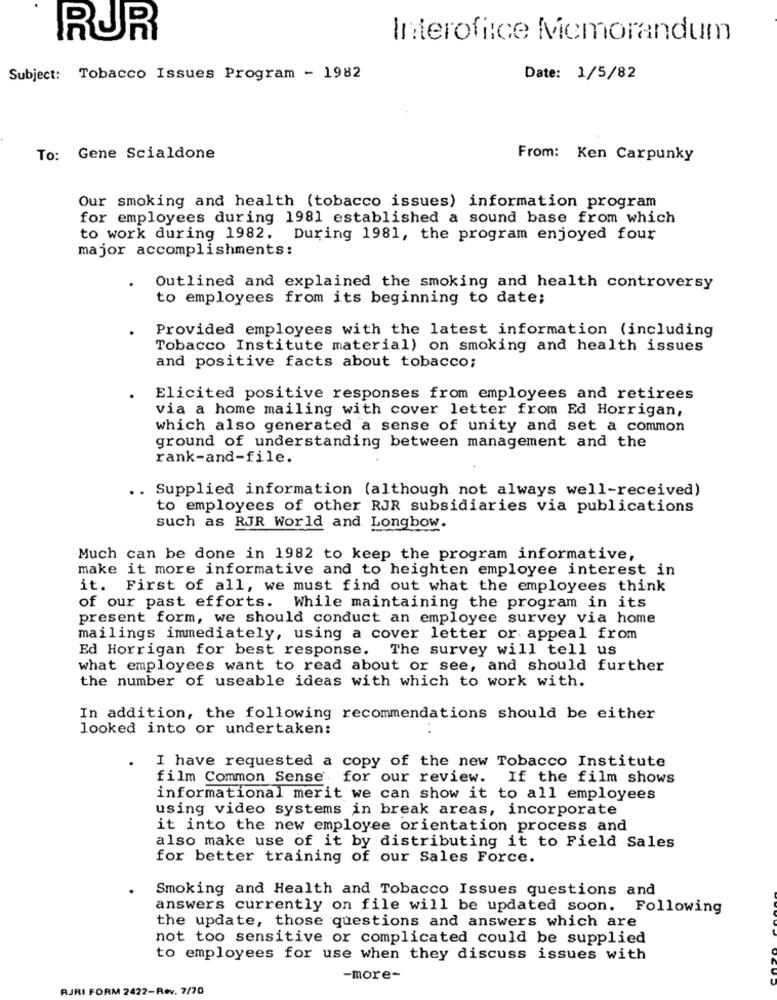
RUR
Interoffice Micmorandum
Subject: Tobacco Issues Program - 1982
Date: 1/5/82
To: Gene Scialdone
From: Ken Carpunky
Our smoking and health (tobacco issues) information program
for employees during 1981 established a sound base from which
to work during 1982. During 1981, the program enjoyed four
major accomplishments:
Outlined and explained the smoking and health controversy
to employees from its beginning to date;
Provided employees with the latest information (including
Tobacco Institute material) on smoking and health issues
and positive facts about tobacco;
Elicited positive responses from employees and retirees
via a home mailing with cover letter from Ed Horrigan,
which also generated a sense of unity and set a common
ground of understanding between management and the
rank-and-file.
. Supplied information (although not always well-received)
to employees of other RJR subsidiaries via publications
such as RJR World and Longbow.
Much can be done in 1982 to keep the program informative,
make it more informative and to heighten employee interest in
it. First of all, we must find out what the employees think
of our past efforts. While maintaining the program in its
present form, we should conduct an employee survey via home
mailings immediately, using a cover letter or appeal from
Ed Horrigan for best response. The survey will tell us
what employees want to read about or see, and should further
the number of useable ideas with which to work with.
In addition, the following recommendations should be either
looked into or undertaken:
I have requested a copy of the new Tobacco Institute
film Common Sense for our review. If the film shows
informational merit we can show it to all employees
using video systems in break areas, incorporate
it into the new employee orientation process and
also make use of it by distributing it to Field Sales
for better training of our Sales Force.
Smoking and Health and Tobacco Issues questions and
answers currently on file will be updated soon. Following
the update, those questions and answers which are
not too sensitive or complicated could be supplied
to employees for use when they discuss issues with
-more-
RJRI FORM 2422-Rev. 7/70